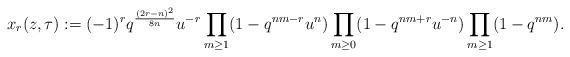
LaTeX: \begin{align*}x_r(z,\tau):=(-1)^r q^{\frac{(2r-n)^2}{8n}} u^{-r}\prod_{m \geq 1}(1-q^{nm-r}u^n)\prod_{m \geq 0}(1-q^{nm+r}u^{-n})\prod_{m \geq 1}(1-q^{nm}).\end{align*}